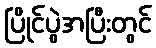
ပြိုင်ပွဲအပြီးတွင်